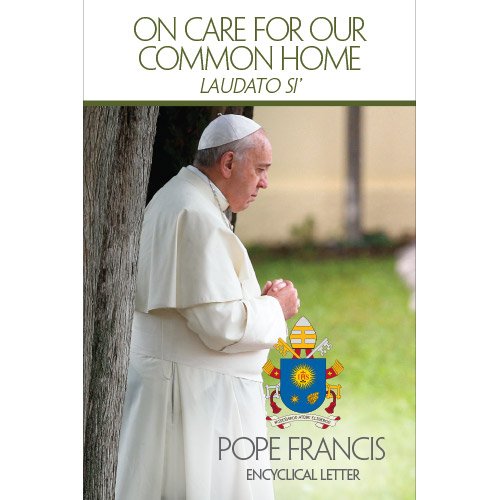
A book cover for On Care for Our Common Home (Laudato Si); Pope Francis; Christian Books & Bibles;